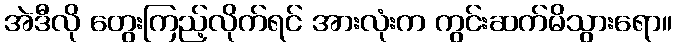
အဲဒီလို တွေးကြည့်လိုက်ရင် အားလုံးက ကွင်းဆက်မိသွားရော။